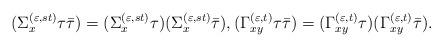
LaTeX: \begin{align*}(\Sigma_x^{(\varepsilon,st)}\tau\bar{\tau})=(\Sigma_x^{(\varepsilon,st)}\tau)(\Sigma_x^{(\varepsilon,st)}\bar{\tau}),(\Gamma_{xy}^{(\varepsilon,t)}\tau\bar{\tau})=(\Gamma_{xy}^{(\varepsilon,t)}\tau)(\Gamma_{xy}^{(\varepsilon,t)}\bar{\tau}).\end{align*}